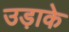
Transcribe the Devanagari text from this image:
उड़ाके